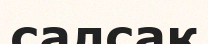
салсақ